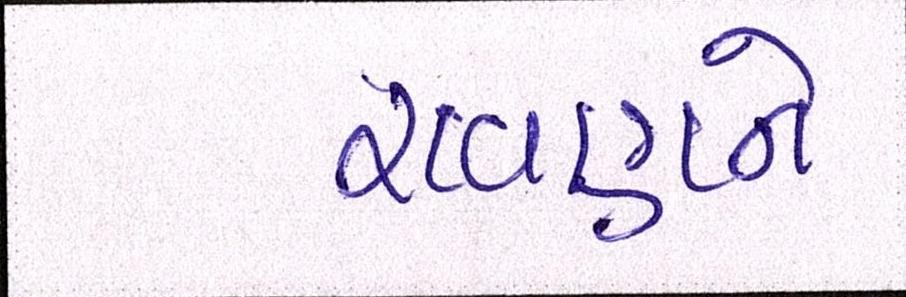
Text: રાવણને